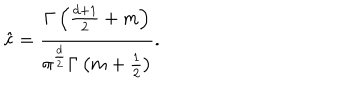
LaTeX: \hat { c } = \frac { \Gamma \left( \frac { d + 1 } { 2 } + m \right) } { \pi ^ { \frac { d } { 2 } } \Gamma \left( m + \frac 1 2 \right) } .